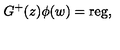
G ^ { + } ( z ) \phi ( w ) = \mathrm { r e g } ,